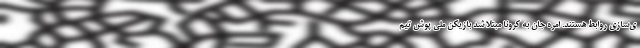
ی‌سازی روابط هستند. امره جان به کرونا مبتلا شد بازیکن ملی پوش تیم